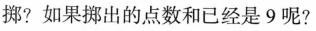
掷?如果挪出的点数和已经是9呢?